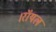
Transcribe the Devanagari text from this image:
।रॉयल